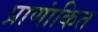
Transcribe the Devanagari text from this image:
प्राणांकित